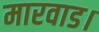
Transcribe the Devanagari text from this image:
मारवाड।